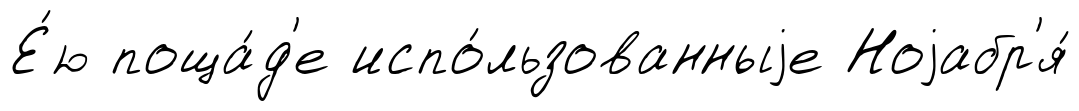
Е́ю поща́д'е испо́льзованныjе Ноjабр'я́